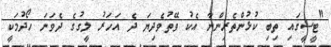
"ޓީސީގައި ތިބި ކުޅުންތެރިންނާ އެކު ވޭތުވެދިޔަ ދެ އަހަރު ލީގުގެ ދެވަނަ ހޯދުމަކީ